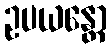
ဥပယန္တော